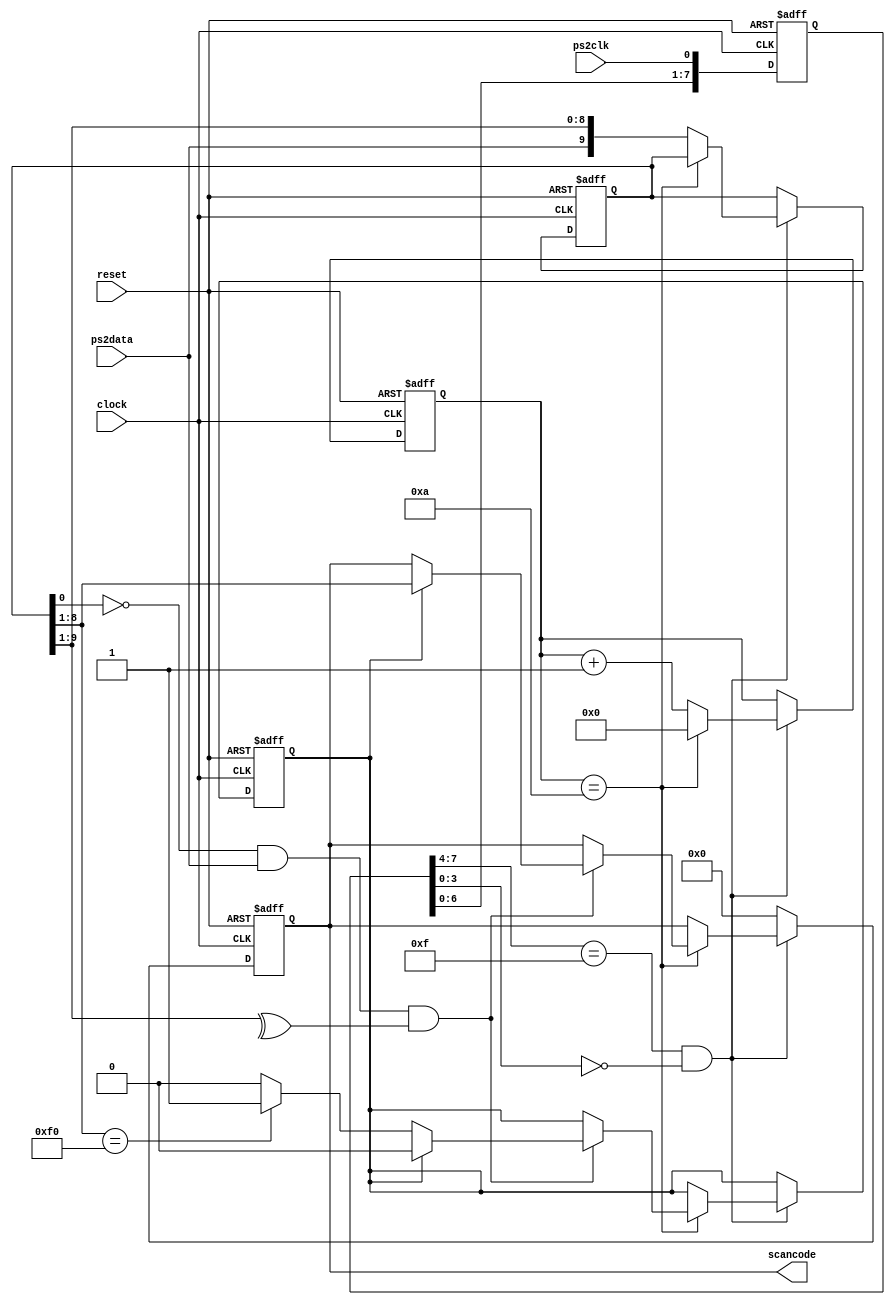
/*----- Module Overview ------------------------------------------*
*                                                                 *
*                      _____________________                      *
*                                                                 *
*                     |                     |                     * 
*  clock    ------->  |                     |                     * 
*  reset    ------->  |     kbdHandler      | --/04--> scancode   *
*  ps2Data  ------->  |                     |                     * 
*  ps2Clk   ------->  |                     |                     *
*                     |                     |                     *  
*                      _____________________                      *
*                                                                 *
*-----------------------------------------------------------------*/

module kbdHandler ( reset, clock, ps2clk, ps2data, scancode );
  
  input reset;
  input clock; 
  input ps2clk;
  input ps2data;

  output reg [7:0] scancode;

  wire fall_edge; // indicates a falling_edge at ps2clk
  // Synchronize ps2clk to local clock and check for falling edge;
  reg    [7:0] ps2clksamples; // Stores last 8 ps2clk samples
  reg    [9:0] shift;   // Stores a serial package, excluding the stop bit;
  reg    [3:0] cnt;     // Used to count the ps2data samples stored so far
  reg          f0;      // Used to indicate that f0 was encountered earlier

  always @ ( posedge clock or posedge reset )
    if ( reset ) 
      ps2clksamples <= 8'd0;
    else 
      ps2clksamples <= {ps2clksamples[7:0], ps2clk};

  assign fall_edge = (ps2clksamples[7:4] == 4'hF) & (ps2clksamples[3:0] == 4'h0);

  // A simple FSM is implemented here. Grab a whole package,
  // check its parity validity and output it in the scancode
  // only if the previous read value of the package was F0
  // that is, we only trace when a button is released, NOT when it is
  // pressed.
  
  always @ ( posedge clock or posedge reset )
    if (reset) 
      begin
        cnt        <= 4'd0;
        scancode   <= 8'd0;
        shift      <= 10'd0;
        f0         <= 1'b0;
      end  
     else if ( fall_edge )
         begin
           if (cnt == 4'd10) // we just received what should be the stop bit
             begin
               cnt <= 0;
               if ((shift[0] == 0) && (ps2data == 1) && (^shift[9:1]==1)) // A well received serial packet
                 begin
                   if (f0) // following a scancode of f0. So a key is released ! 
                     begin
                      scancode <= shift[8:1];
                      f0 <= 0;
                     end
                    else if (shift[8:1] == 8'hF0) 
                      f0 <= 1'b1;
                 end // All other packets have to do with key presses and are ignored
             end
            else
             begin
               shift <= {ps2data, shift[9:1]}; // Shift right since LSB first is transmitted
               cnt <= cnt+1;
             end
         end
	 else
		scancode   <= 8'd0;
endmodule